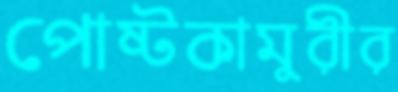
পোষ্টকামুরীর